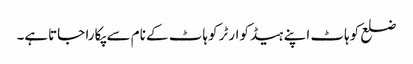
ضلع کوہاٹ اپنے ہیڈکوارٹر کوہاٹ کے نام سے پکارا جاتاہے۔